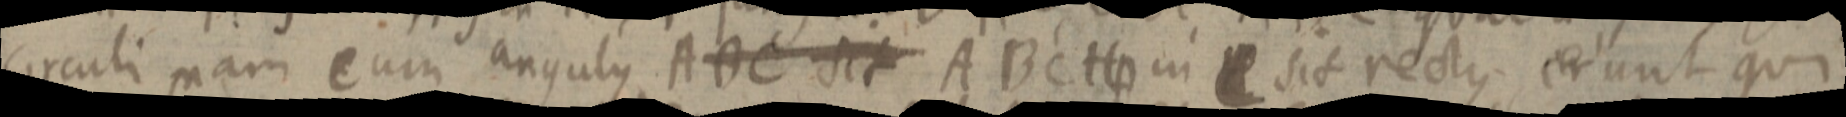
circuli nam cum angulus ADC sit ABC Hp in _ sit rectus. erunt qui